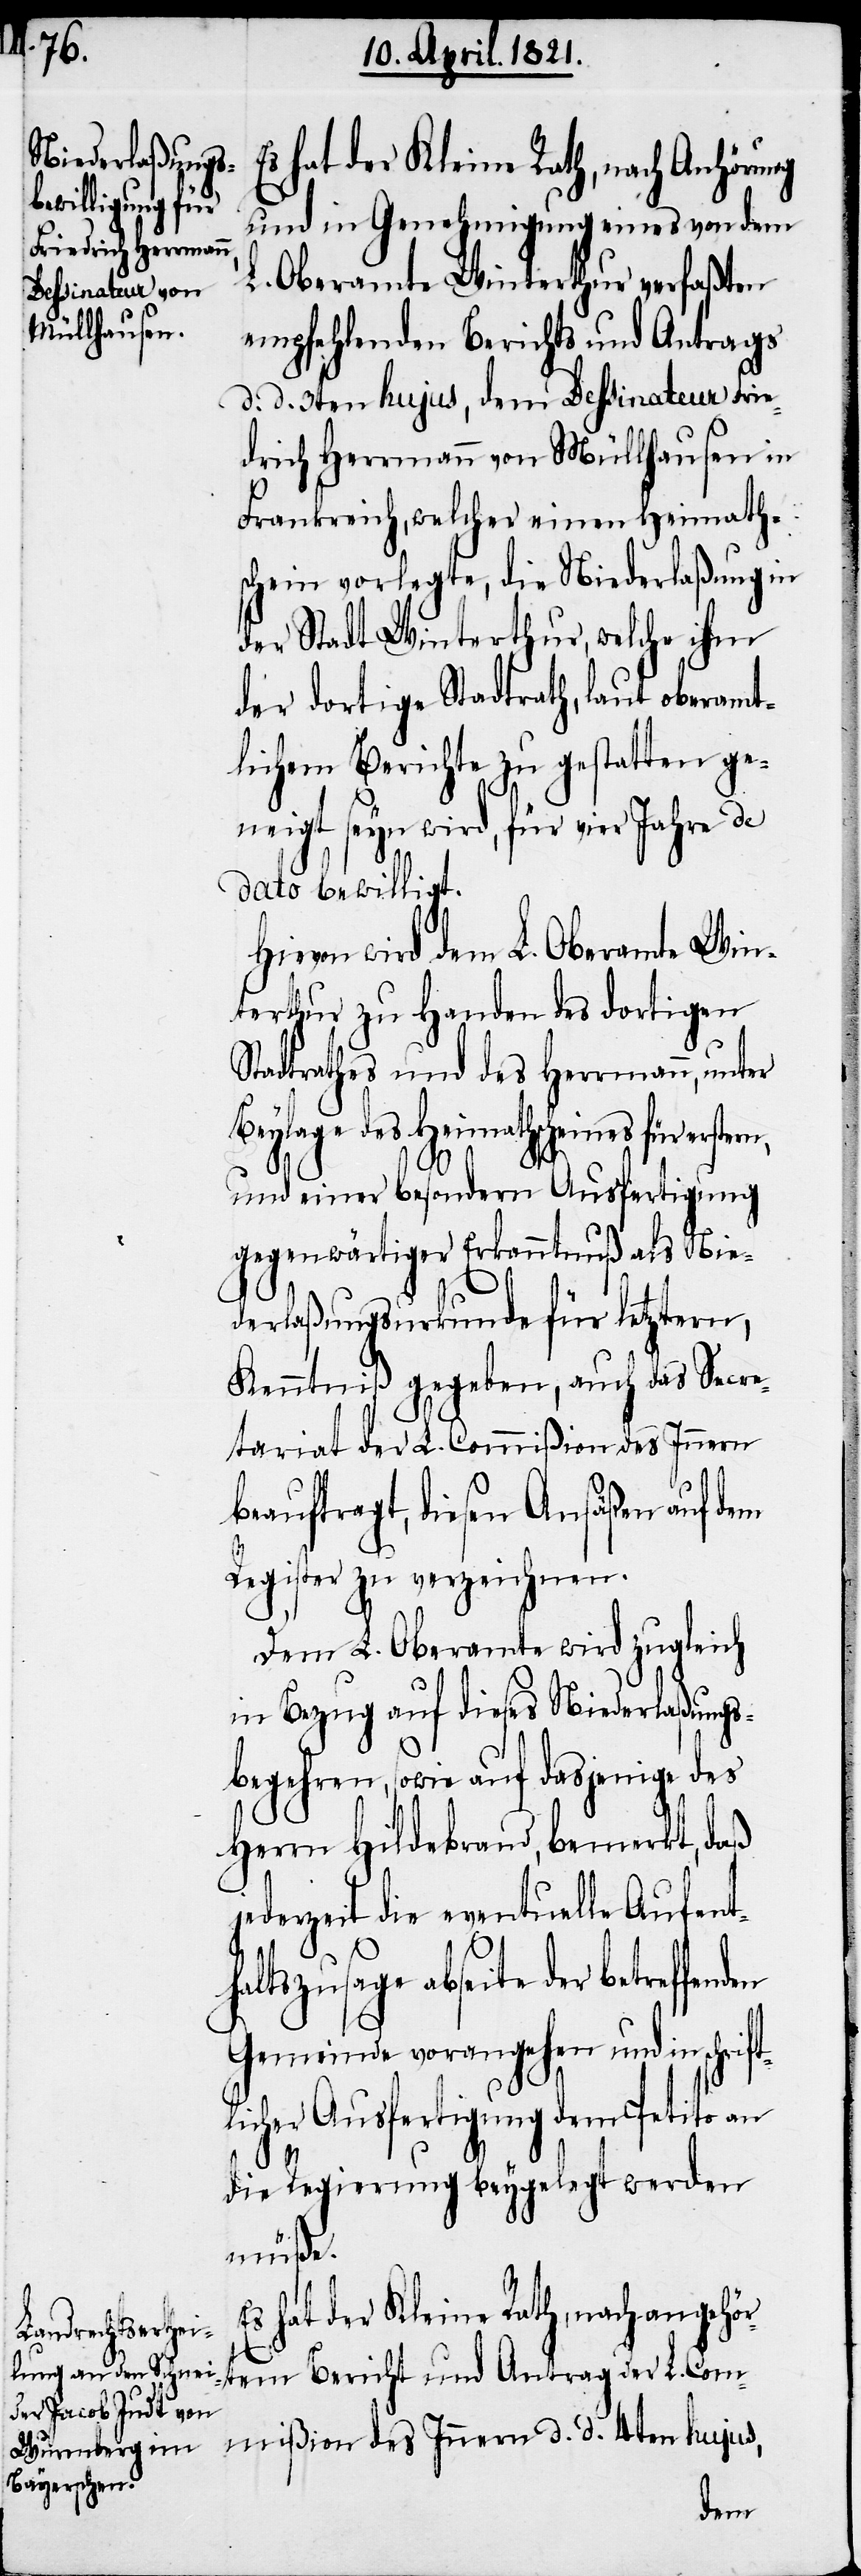
rift¬

hat der Kleine Rath, nach Anhörung
und in Genehmigung eines von dem
L. Oberamte Winterthur verfaßten
empfehlenden Berichts und Antrags
d. d. 3ten hujus, dem Dessinateur Frie¬
drich Herrmann von Müllhausen in
Frankreich, welcher einen Heimaths¬
chein vorlegte, die Niederlaßung in
der Stadt Winterthur, welche ihm
der dortige Stadtrath, laut oberamt¬
lichem Berichte zu gestatten ge¬
neigt seyn wird, für vier Jahre de
dato bewilligt.
Hievon wird dem L. Oberamte Win¬
terthur zu Handen des dortigen
Stadtrathes und des Herrmann, unter
Beylage des Heimathscheines für erstern,
und einer besondern Ausfertigung
gegenwärtiger Erkanntnuß als Nie¬
derlaßungsurkunde für letztern,
Kenntniß gegeben, auch das Secre¬
tariat der L. Commißion des Innern
beauftragt, diesen Ansäßen auf dem
Register zu verzeichnen.
Dem L. Oberamte wird zugleich
in Bezug auf dieses Niederlaßungs¬
begehren, sowie auf dasjenige des
Herrn Hildebrand, bemerkt, daß
jederzeit die eventuelle Aufent¬
haltszusage abseite der
Gemeinde vorangehen und in sch¬
licher Ausfertigung dem Petito an
die Regierung beygelegt werden
mißion
hat der Kleine Rath, nach angehör¬
tem Bericht und Antrag der L. Com¬
des